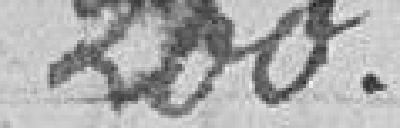
200.